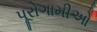
પૂરોગામીઓ